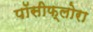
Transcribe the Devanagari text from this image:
पॉसीफ्लोरा